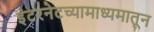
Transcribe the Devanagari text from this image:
इंटरनेटच्यामाध्यमातून